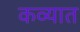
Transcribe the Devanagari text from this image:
कव्यात